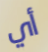
أي